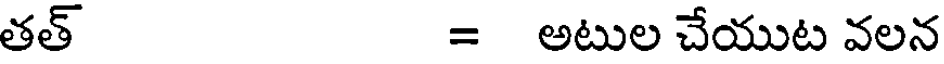
తత్ = అటుల చేయుట వలన